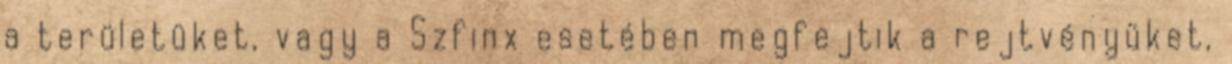
a területüket, vagy a Szfinx esetében megfejtik a rejtvényüket,